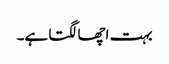
بہت اچھا لگتا ہے۔